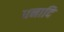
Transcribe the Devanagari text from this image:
धनादि